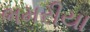
ભમરીયા